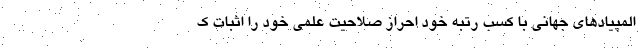
المپیادهای جهانی با کسب رتبه خود احراز صلاحیت علمی خود را اثبات ک